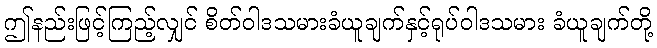
ဤနည်းဖြင့်ကြည့်လျှင် စိတ်ဝါဒသမားခံယူချက်နှင့်ရုပ်ဝါဒသမား ခံယူချက်တို့